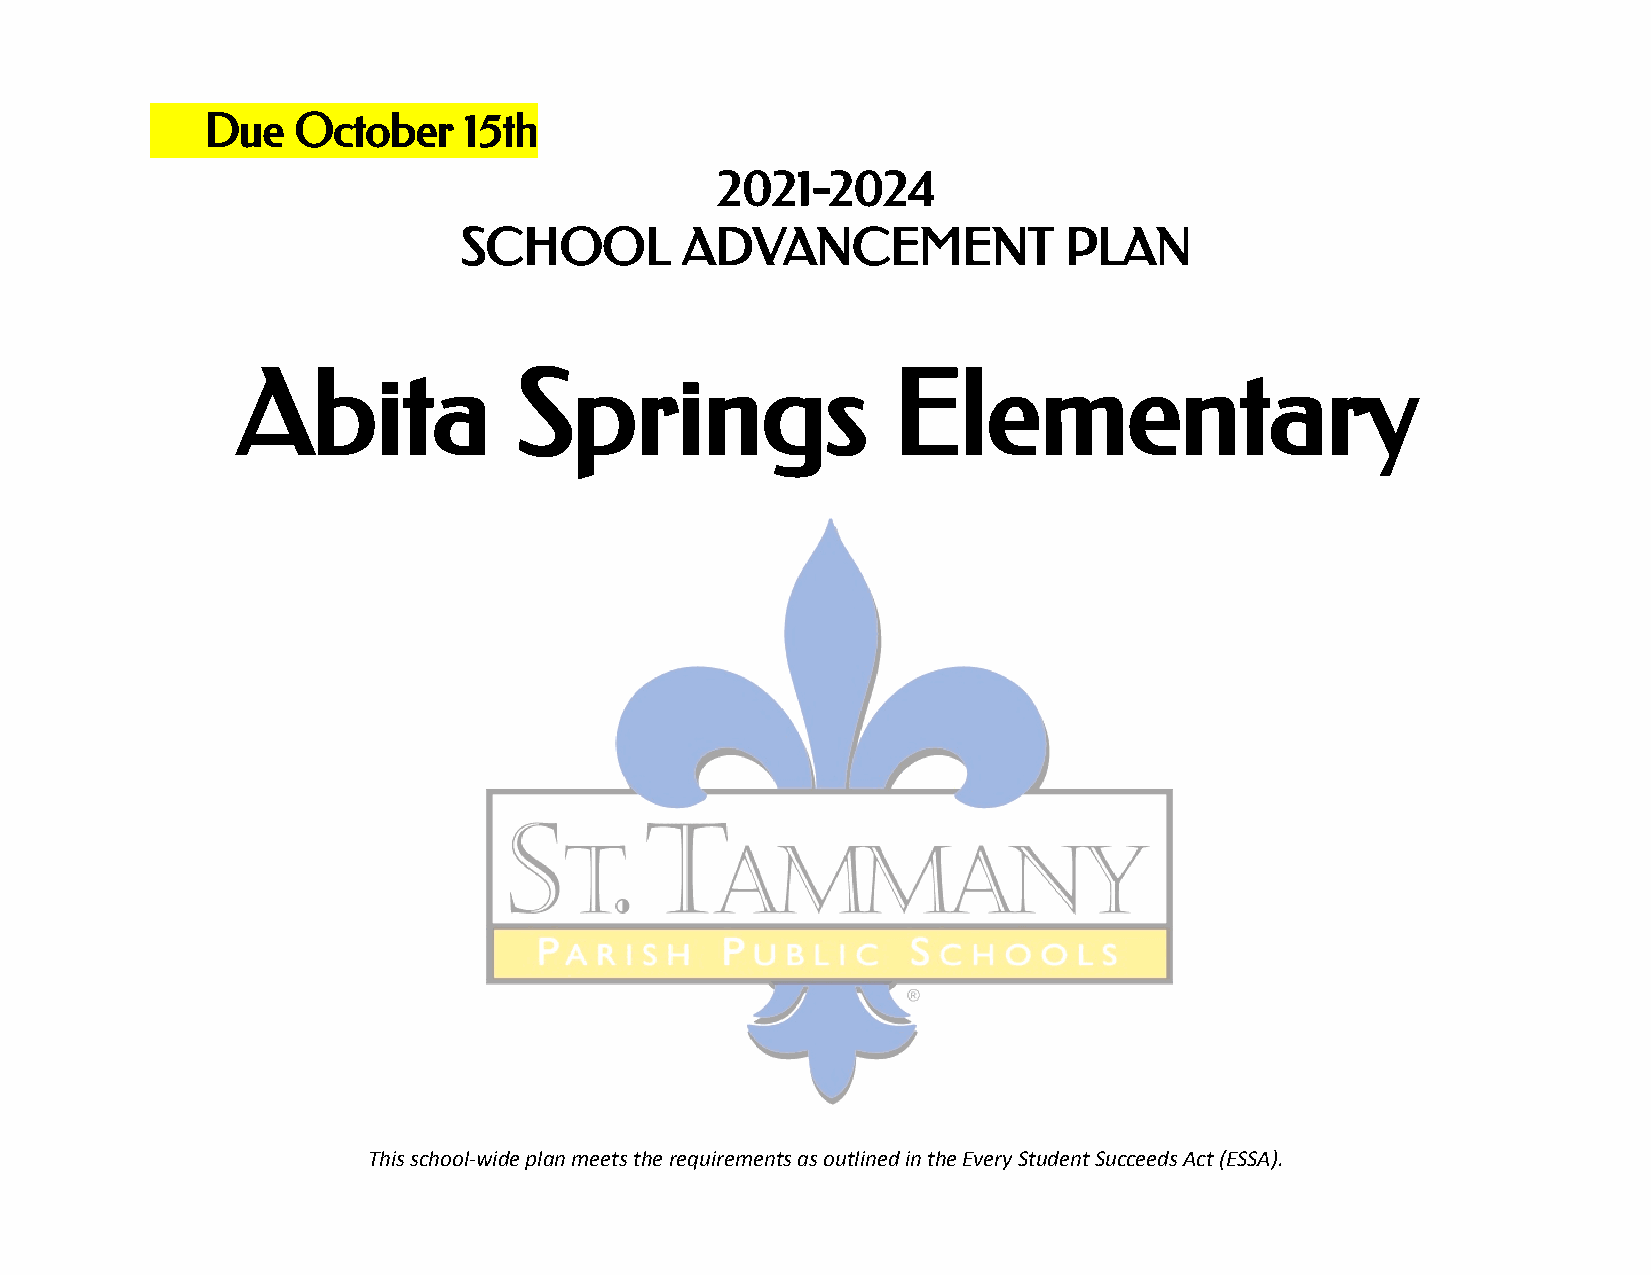
Due   October     15th
 2021-2024
 SCHOOL         ADVANCEMENT              PLAN
 Abita             Springs                  Elementary
 This school-wide plan meets the requirements as outlined in the Every Student Succeeds Act (ESSA).